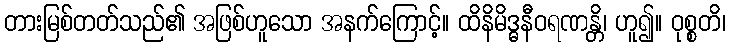
တားမြစ်တတ်သည်၏ အဖြစ်ဟူသော အနက်ကြောင့်။ ထိနိမိဒ္ဓနီဝရဏန္တိ၊ ဟူ၍။ ဝုစ္စတိ၊